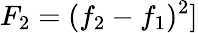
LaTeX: F_{2}=(f_{2}-f_{1})^{2}]